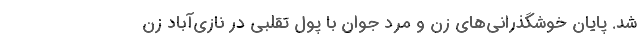
شد. پایان خوشگذرانی‌های زن و مرد جوان با پول تقلبی در نازی‌آباد زن